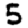
Digit: 5